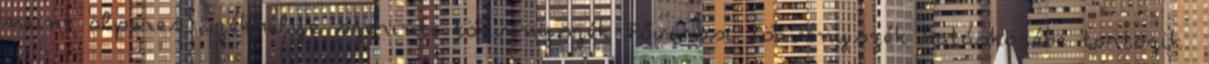
mint alperes székhelye szerinti törvényszék Fővárosi Törvényszék hatáskörébe tartozik.